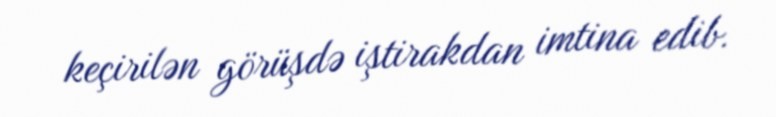
keçirilən görüşdə iştirakdan imtina edib.